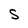
Character: S